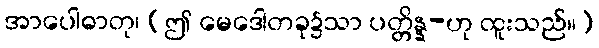
အာပေါဓာတု၊ (ဤ မေဒေါတခု၌သာ ပတ္တိန္န-ဟု ထူးသည်။)